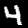
Digit: 4